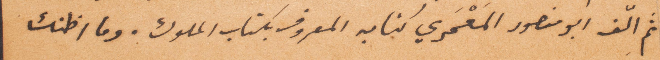
ثم ألّف أبو منصور المَعمري كتابه المعروف بكتاب الملوك. وما اظنك